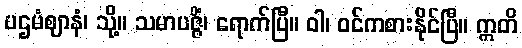
ပဌမံဈာနံ၊ သို့။ သမာပဇ္ဇိံ၊ ရောက်ပြီ။ ဝါ၊ ဝင်ကစားနိုင်ပြီ။ ဣတိ